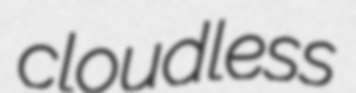
cloudless